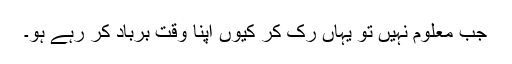
جب معلوم نہیں تو یہاں رک کر کیوں اپنا وقت برباد کر رہے ہو۔